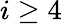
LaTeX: i\ge 4